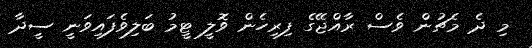
މި ދެ މެޗުން ވެސް ރާއްޖޭގެ ފިރިހެން ވޮލީ ޓީމު ބަލިވެފައިވަނީ ސީދާ